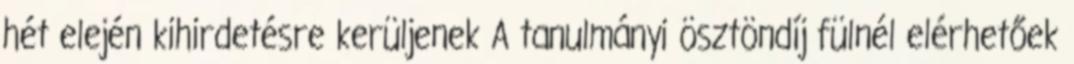
hét elején kihirdetésre kerüljenek A tanulmányi ösztöndíj fülnél elérhetőek